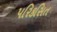
પરિકસિત